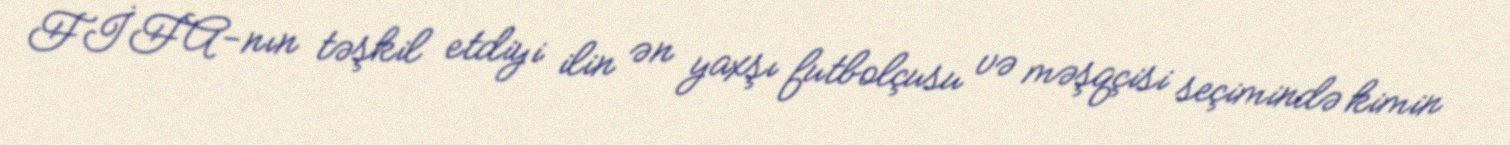
FİFA-nın təşkil etdiyi ilin ən yaxşı futbolçusu və məşqçisi seçimində kimin